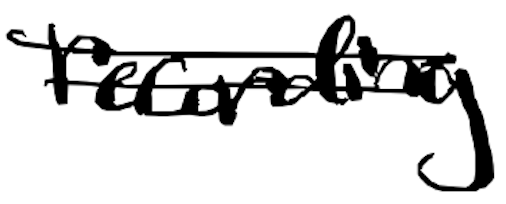
Text: recording
Cross-out: double-line
Writing tool: digital_black